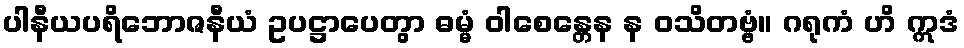
ပါနီယပရိဘောဇနီယံ ဥပဋ္ဌာပေတွာ ဓမ္မံ ဝါစေန္တေန န ဝသိတဗ္ဗံ။ ဂရုကံ ဟိ ဣဒံ